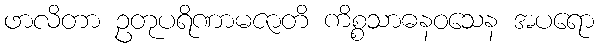
ဖာလိတာ ဥတုပရိဏာမဇာတိ ကိစ္စသာဓနဝသေန အပရော